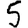
Digit: 5